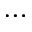
\dots